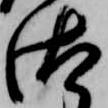
汰